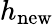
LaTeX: h_{\mathrm{new}}